Bréfritari: Þorbjörg Benediktsdóttir á Kotá
Viðtakandi: D. Halldórsson
Dagsetning: A-1880-03-02
Skrifað á: Kotá

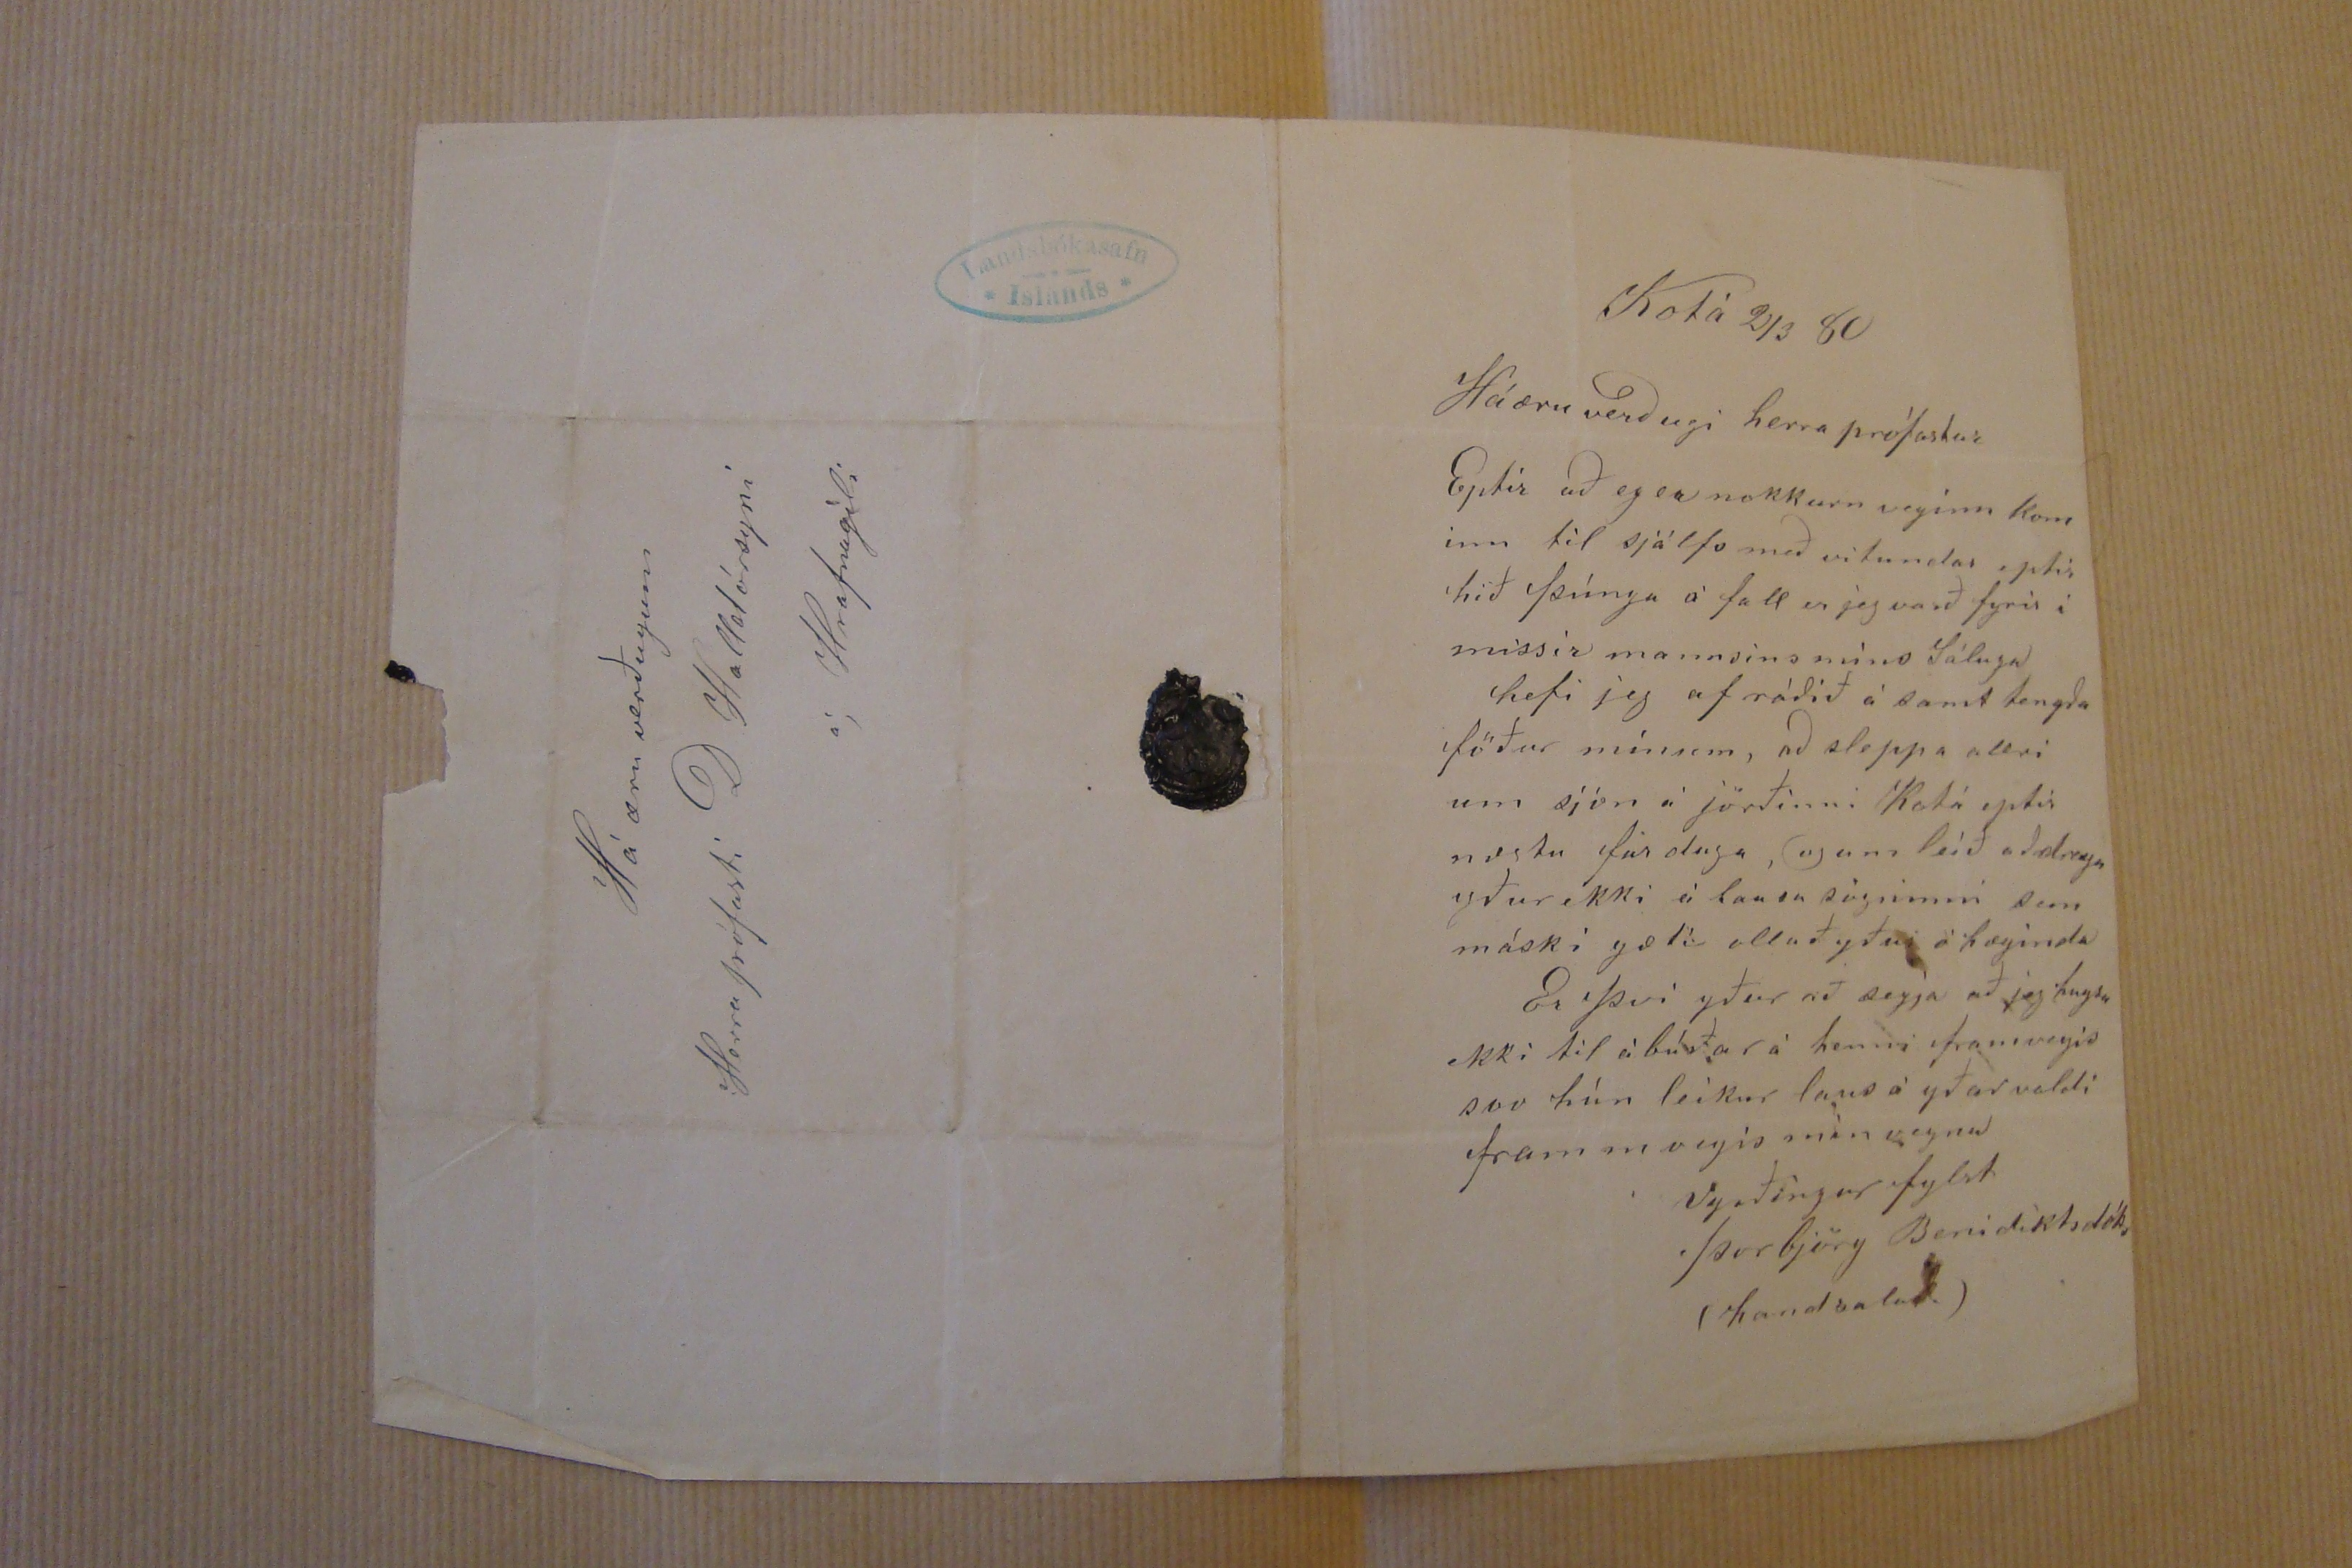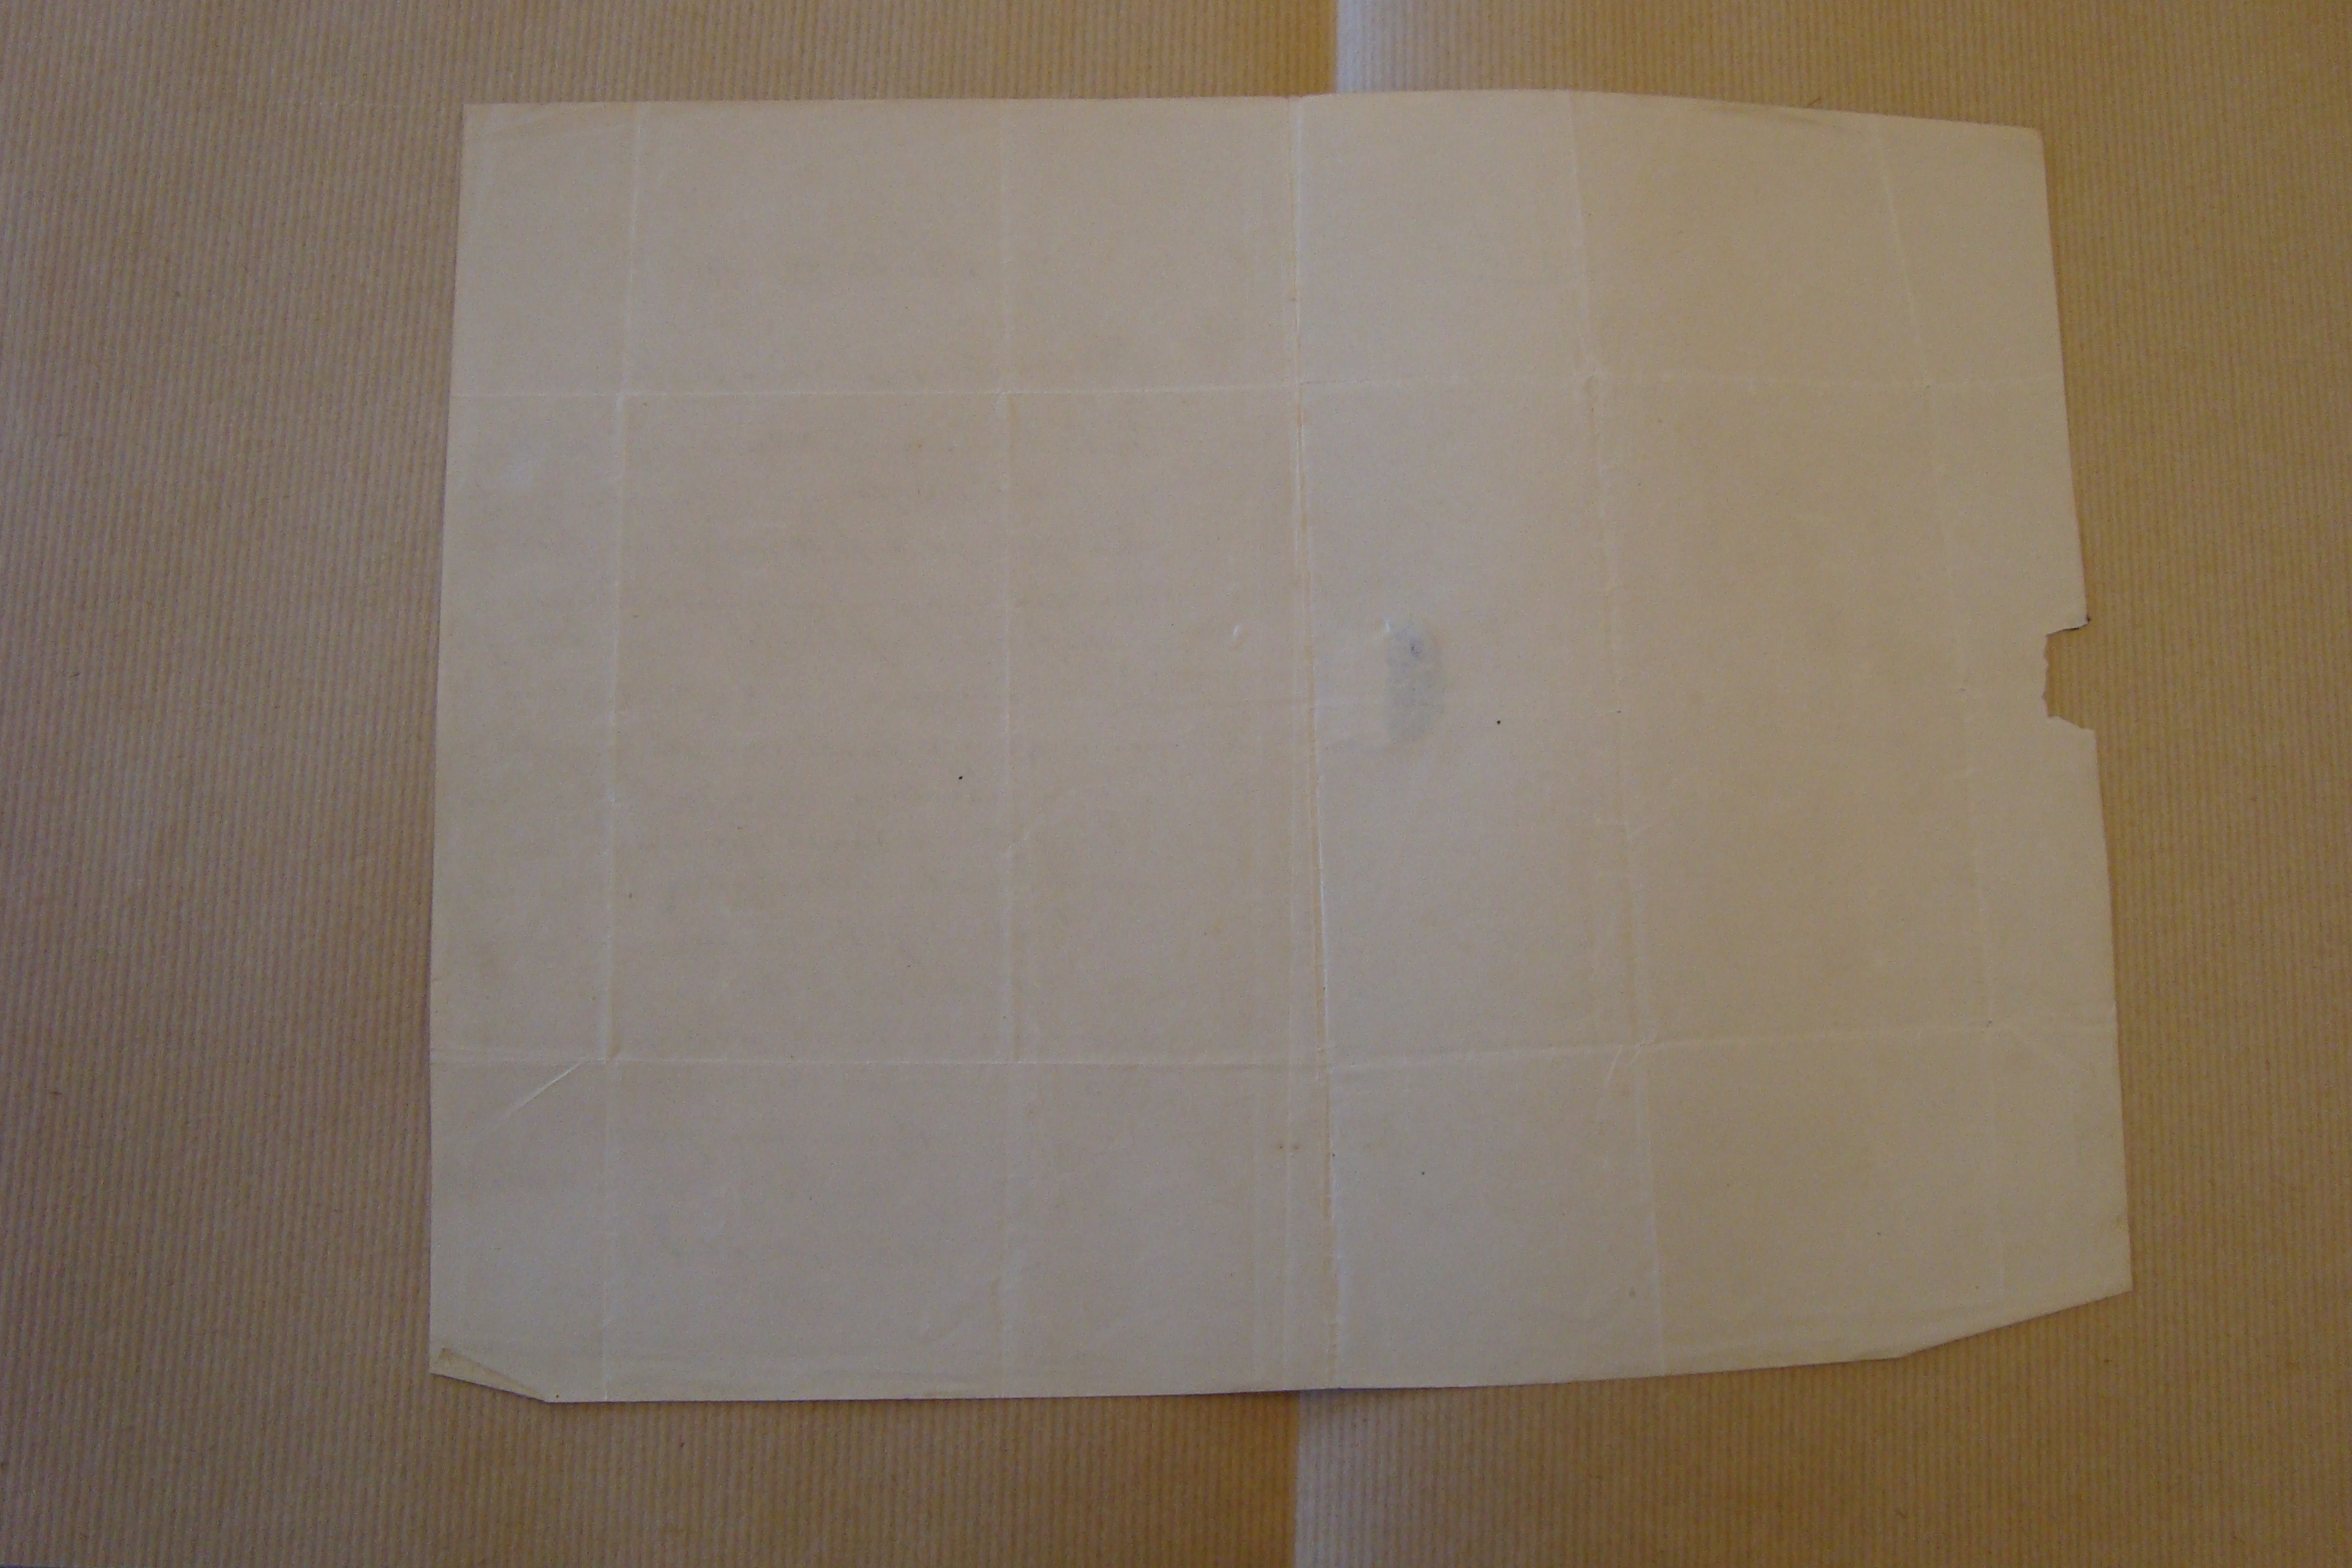

Kotá 2/3 80
Háæruverðugi herra prófastur
Eptir að eg er nokkurn vegínn kom inn til sjálfs með vitundar eptir hið þúnga á fall er jeg varð fyrir í missir mannsins míns Sáluga hefi jeg af ráðið á samt tengda föður mínum, að sleppa allri um sjón á jörðinni Kotá eptir næstu
fús oluga
, og um leíð aðdregn yður ekki á lausa sögninni sem máskí gætí alluð yður ó hægínda
Er því yður að segja að jeg hugsa ekki til ábúðar á henni framvegis svo hún leíkur laus á yðar valdi frammvegís mín vegna
Vyrðingar fylst
Þorbjörg Benidíktsdóttr
(handsala)
Há æru verðugum
Herra prófasti D Halldórssyní
á/ Hrafnagíli